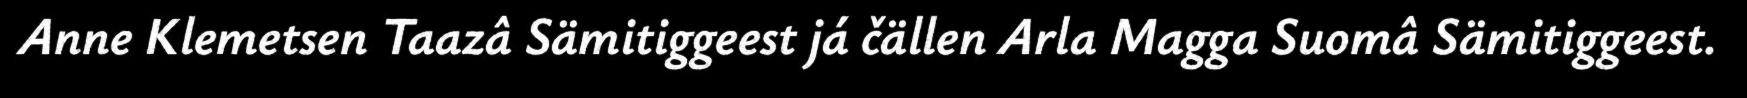
Anne Klemetsen Taazâ Sämitiggeest já čällen Arla Magga Suomâ Sämitiggeest.